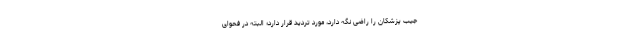
جیب پزشکان را راضی نگه دارد، مورد تردید قرار دارد؛ البته در فحوای